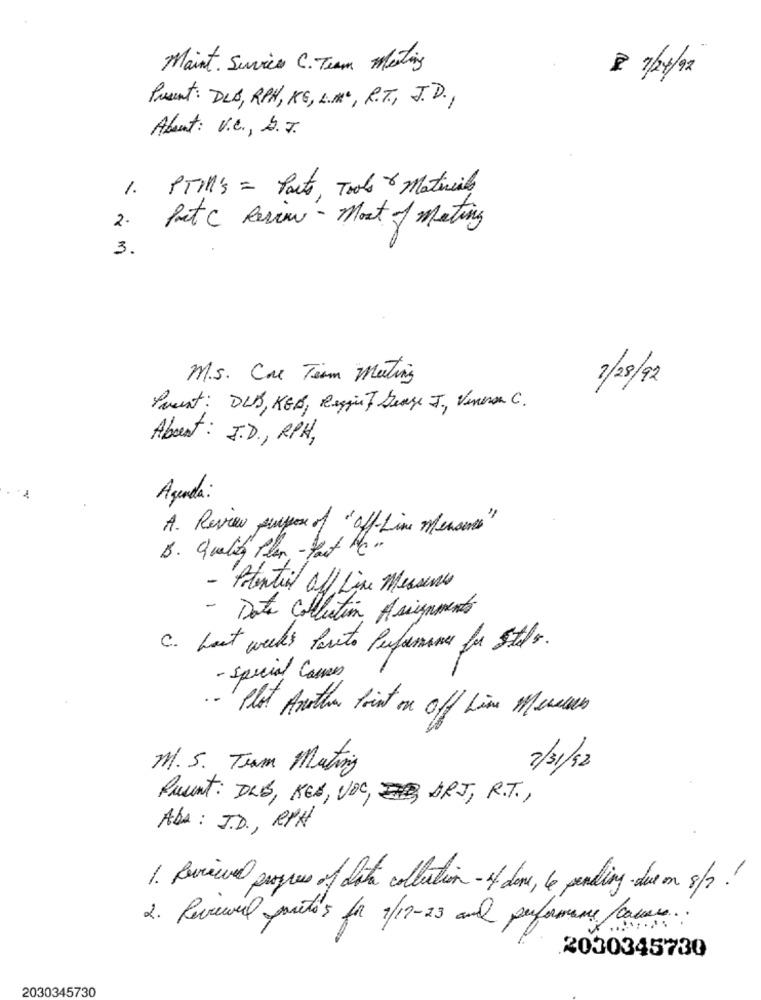
Maint. Suvices C. Team Meting
2 7/04/2
Present: DLA, RPH, KG, UM, R.T ., J.D .,
About: V.C ., S.J.
1 . PTill's = Parts, Tools & Materials
2.
Put c Review - most of meting
3.
M.s. Cae Team Meeting
2/28/92
Parent: DLB, KGB, Reggi Sease J, Veneran C.
Abort: J.D ., RPH,
Agenda:
A. Review purpose of "off-Line Measure"
B. Quality Plan - Fast Bei
- Potential off Line Messines
- Data Collection Assignments
C. Last week's Pareto Performance for stes.
- special Cases
- Plot Another Point on off time Meseus
M.S. Team Mating
2/31/12
Quant: DLB, KES, VOC, ART, R.T .,
ADA: JD, RPA
1. Reviewvel progres of data collection - if done, le pending due on 8/2 .!
2. Perwer pretos for 1/19-23 and performance camus ..
2030345730
2030345730